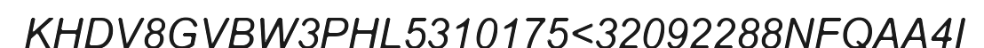
KHDV8GVBW3PHL5310175<32092288NFQAA4I